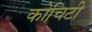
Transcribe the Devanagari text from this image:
कोचिटी